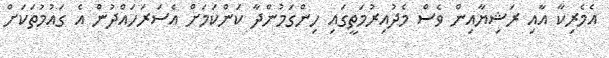
އެމެރިކާ އާއި ރަޝިޔާއިން ވެސް މެދުއިރުމަތީގައި ހިންގަމުންދާ ކަންކަމަށް އެސަރަހައްދުން އެ ގައުމުތަކަށް